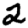
Digit: 2